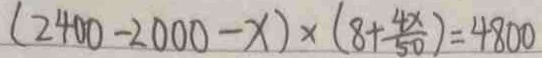
( 2 4 0 0 - 2 0 0 0 - x ) \times ( 8 + \frac { 4 x } { 5 0 } ) = 4 8 0 0